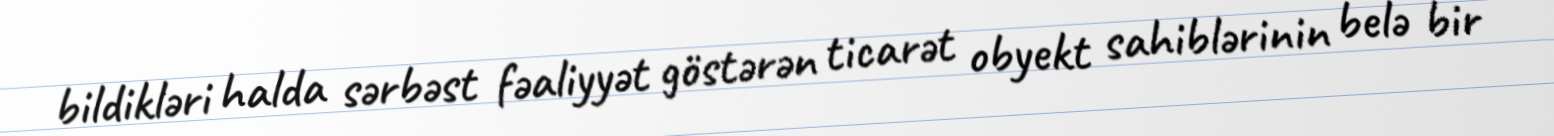
bildikləri halda sərbəst fəaliyyət göstərən ticarət obyekt sahiblərinin belə bir